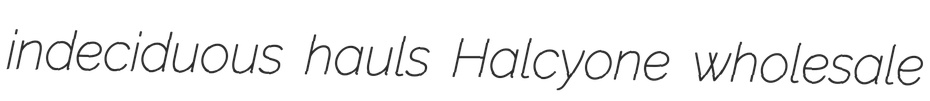
indeciduous hauls Halcyone wholesale